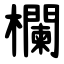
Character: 欄